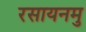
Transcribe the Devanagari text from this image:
रसायनमु